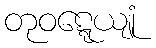
တုဝဋ္ဋေယျုံ